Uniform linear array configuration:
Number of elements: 32
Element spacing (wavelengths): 0.25
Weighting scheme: blackman
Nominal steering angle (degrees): -60
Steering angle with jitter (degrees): -58.678
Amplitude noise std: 0.05
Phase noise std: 0.05

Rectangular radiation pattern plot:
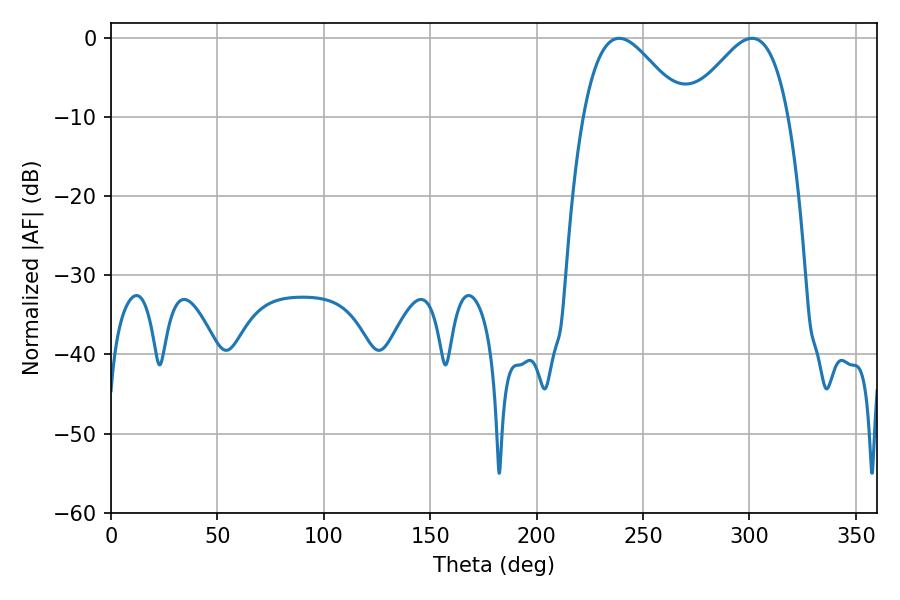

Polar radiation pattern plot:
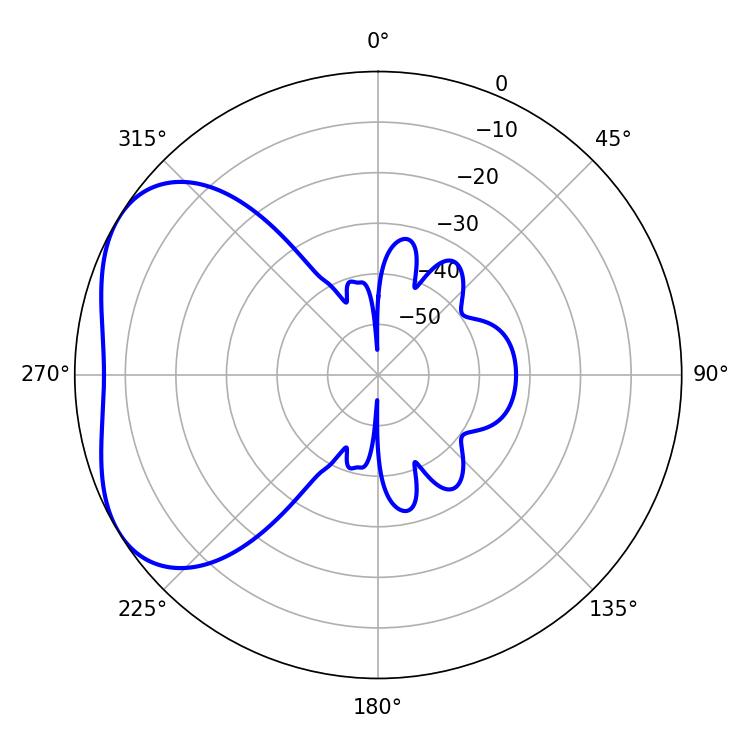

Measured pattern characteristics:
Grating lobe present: FALSE
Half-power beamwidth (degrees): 25.2
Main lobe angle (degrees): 238.86